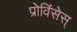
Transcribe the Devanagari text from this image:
प्रोविंसेस्